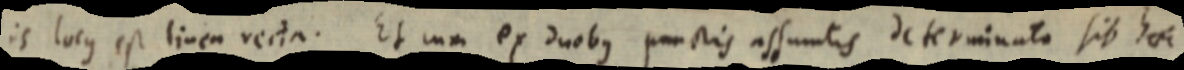
is locus est linea recta. Et cua ex duobus punctis assumtis determinato sit haec